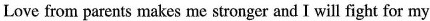
Love from parents makes me stronger and I will fight for my